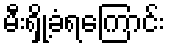
မီးရှို့ခံရကြောင်း